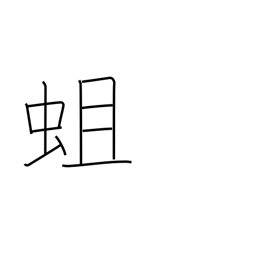
Meaning: grub